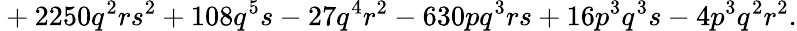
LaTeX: {}+2250q^{2}rs^{2}+108q^{5}s-27q^{4}r^{2}-630pq^{3}rs+16p^{3}q^{3}s-4p^{3}q^{2}r^{2}.